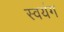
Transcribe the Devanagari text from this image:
स्वयंग